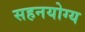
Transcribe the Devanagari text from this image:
सहनयोग्य